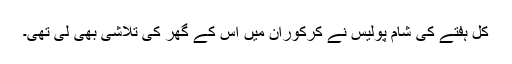
کل ہفتے کی شام پولیس نے کُرکوران میں اُس کے گھر کی تلاشی بھی لی تھی۔